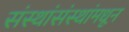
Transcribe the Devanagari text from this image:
संस्थांसंस्थांमधून